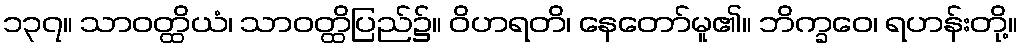
၁၃၇။ သာဝတ္ထိယံ၊ သာဝတ္ထိပြည်၌။ ဝိဟရတိ၊ နေတော်မူ၏။ ဘိက္ခဝေ၊ ရဟန်းတို့။